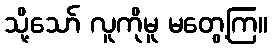
သို့သော် လူကိုမူ မတွေ့ကြ။